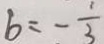
b = - \frac { 1 } { 3 }